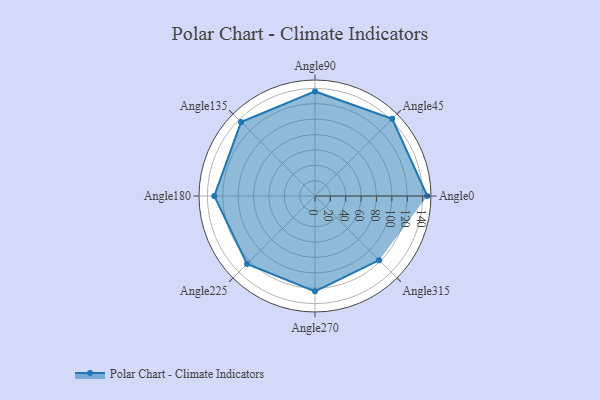
{"axis": {"x": "Angle", "y": "Radius"}, "legend": [""], "data": [{"x": "Angle0", "y": 146.0, "type": ""}, {"x": "Angle45", "y": 142.0, "type": ""}, {"x": "Angle90", "y": 136.0, "type": ""}, {"x": "Angle135", "y": 136.0, "type": ""}, {"x": "Angle180", "y": 131.0, "type": ""}, {"x": "Angle225", "y": 125.0, "type": ""}, {"x": "Angle270", "y": 124.0, "type": ""}, {"x": "Angle315", "y": 118.0, "type": ""}]}